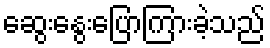
ဆွေးနွေးပြောကြားခဲ့သည်